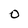
Character: 0